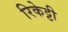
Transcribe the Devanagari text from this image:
रिकेट्टी